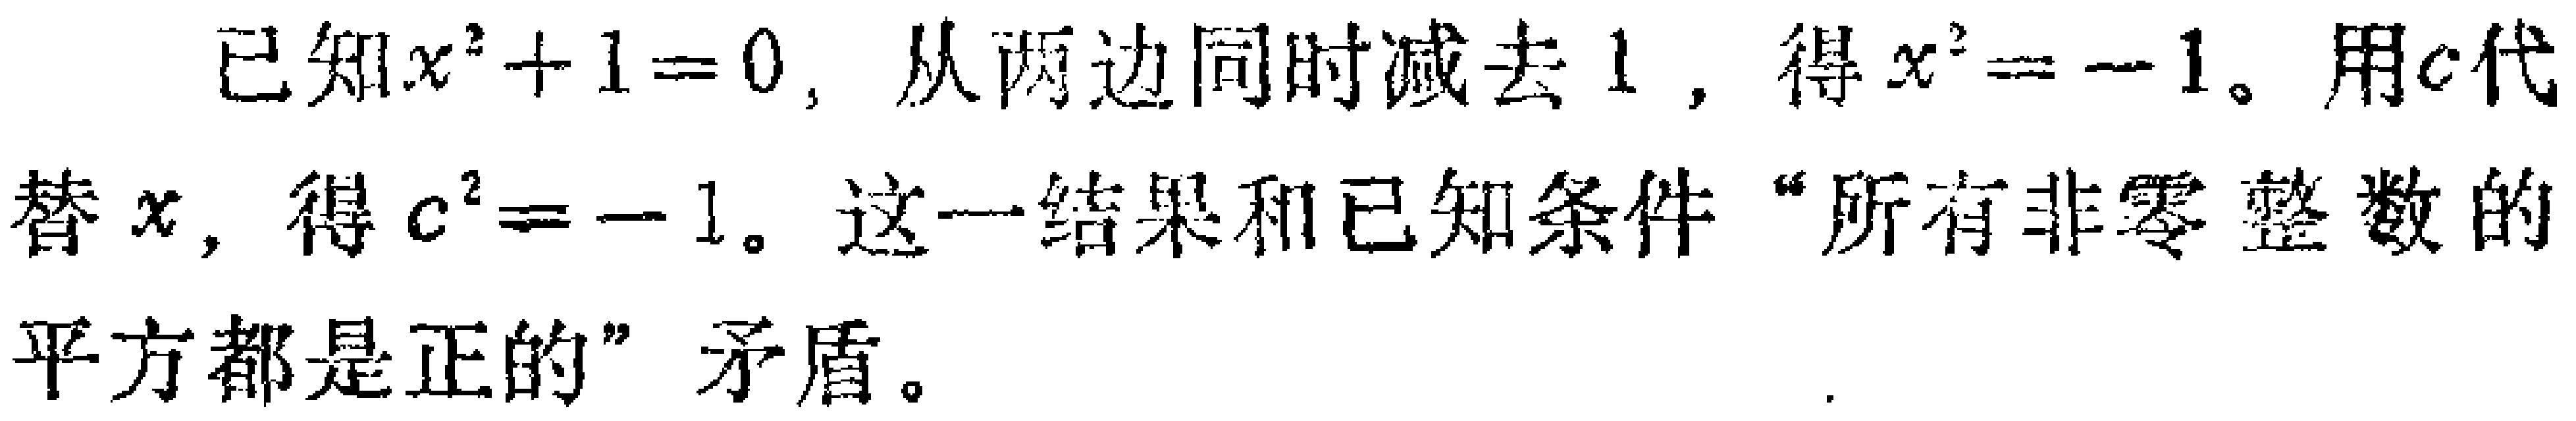
已知\(x^{2}+1 = 0\)，从两边同时减去\(1\)，得\(x^{2}=-1\)。用\(c\)代替\(x\)，得\(c^{2}=-1\)。这一结果和已知条件“所有非零整数的平方都是正的”矛盾。